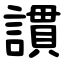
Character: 謴